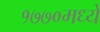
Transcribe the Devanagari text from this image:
१७७०मध्ये